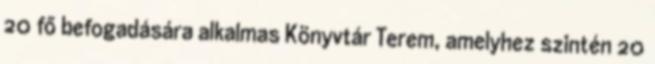
20 fő befogadására alkalmas Könyvtár Terem, amelyhez szintén 20